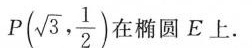
P(\sqrt{ 3 }, \frac{ 1 }{ 2 }) 在椭圆E上。